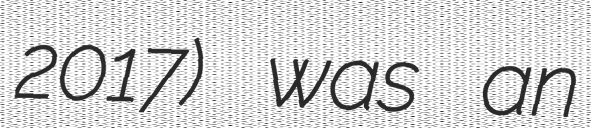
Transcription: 2017) was an